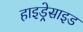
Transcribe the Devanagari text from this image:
हाइड्रेसाइड